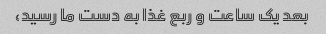
بعد یک ساعت و ربع غذا به دست ما رسید،